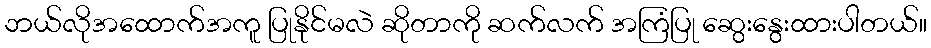
ဘယ်လိုအထောက်အကူ ပြုနိုင်မလဲ ဆိုတာကို ဆက်လက် အကြံပြု ဆွေးနွေးထားပါတယ်။